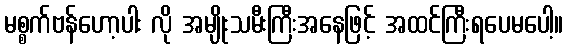
မစ္စက်ဗန်ဟော့ပါး လို အမျိုးသမီးကြီးအနေဖြင့် အထင်ကြီးရပေမပေါ့။